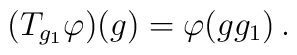
(T_{g_1}\varphi)(g)=\varphi(gg_1)\,.